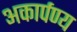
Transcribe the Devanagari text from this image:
अकार्पण्य